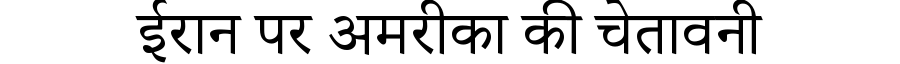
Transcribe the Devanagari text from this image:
ईरान पर अमरीका की चेतावनी